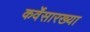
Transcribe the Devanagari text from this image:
कर्वेंसारख्या